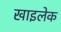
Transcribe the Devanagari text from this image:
खाइलेक